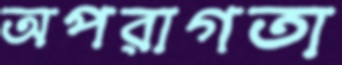
অপরাগতা